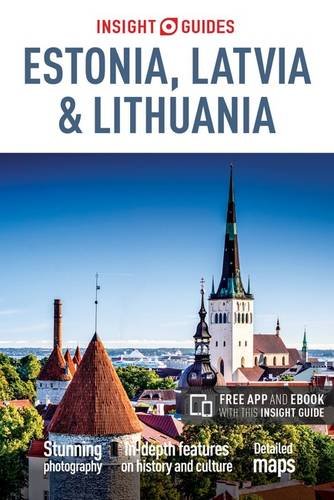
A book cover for Insight Guides: Estonia, Latvia and Lithuania; Insight Guides; Travel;